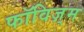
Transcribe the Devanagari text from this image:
फॉविज़्म